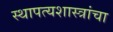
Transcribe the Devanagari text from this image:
स्थापत्यशास्त्रांचा